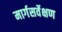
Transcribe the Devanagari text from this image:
मार्गसर्वेक्षण